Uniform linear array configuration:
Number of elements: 64
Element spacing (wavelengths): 0.75
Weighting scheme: hamming
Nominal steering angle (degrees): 60
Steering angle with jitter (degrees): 59.902
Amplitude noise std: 0.05
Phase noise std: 0.05

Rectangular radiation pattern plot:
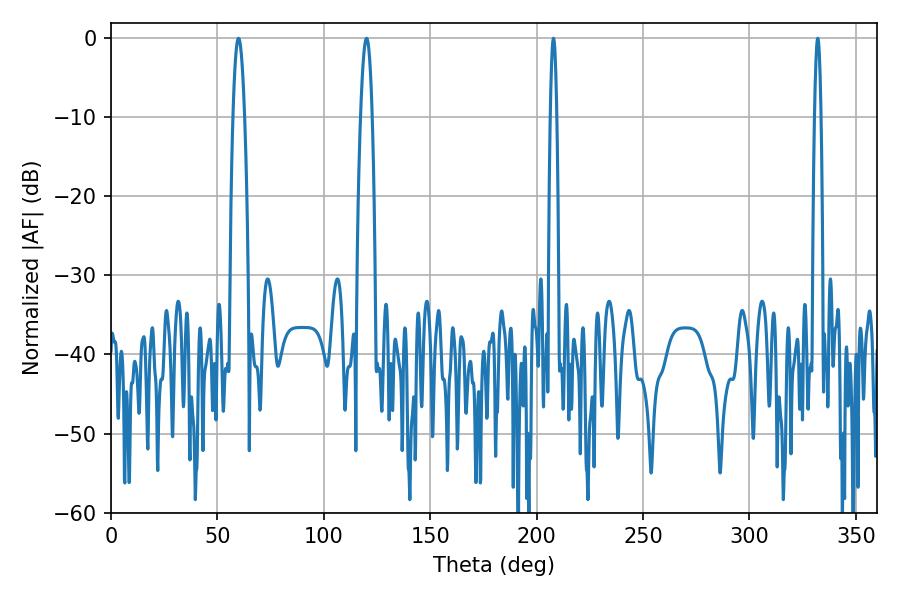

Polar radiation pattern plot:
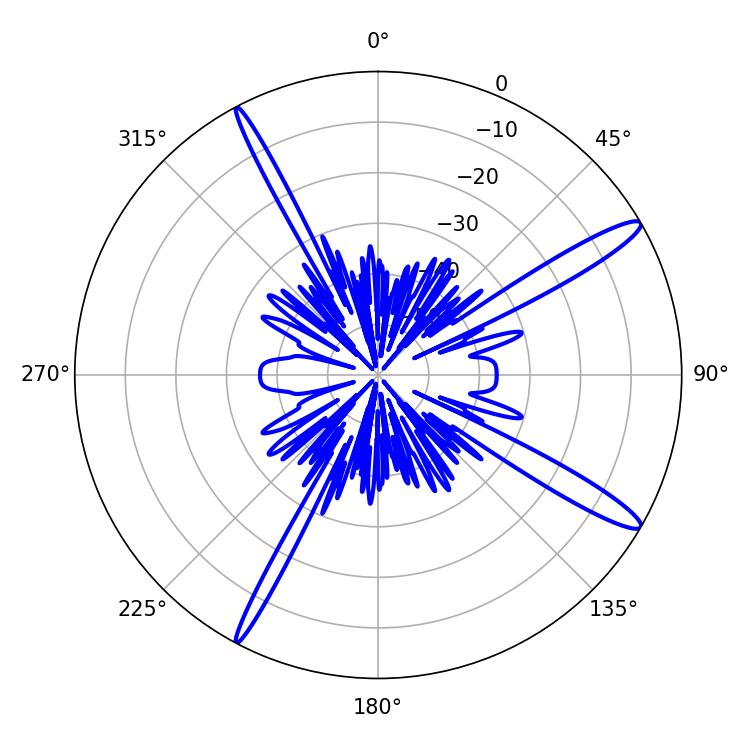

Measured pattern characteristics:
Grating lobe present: TRUE
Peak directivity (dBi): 14.637
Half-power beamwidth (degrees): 1.44
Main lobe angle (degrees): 207.9